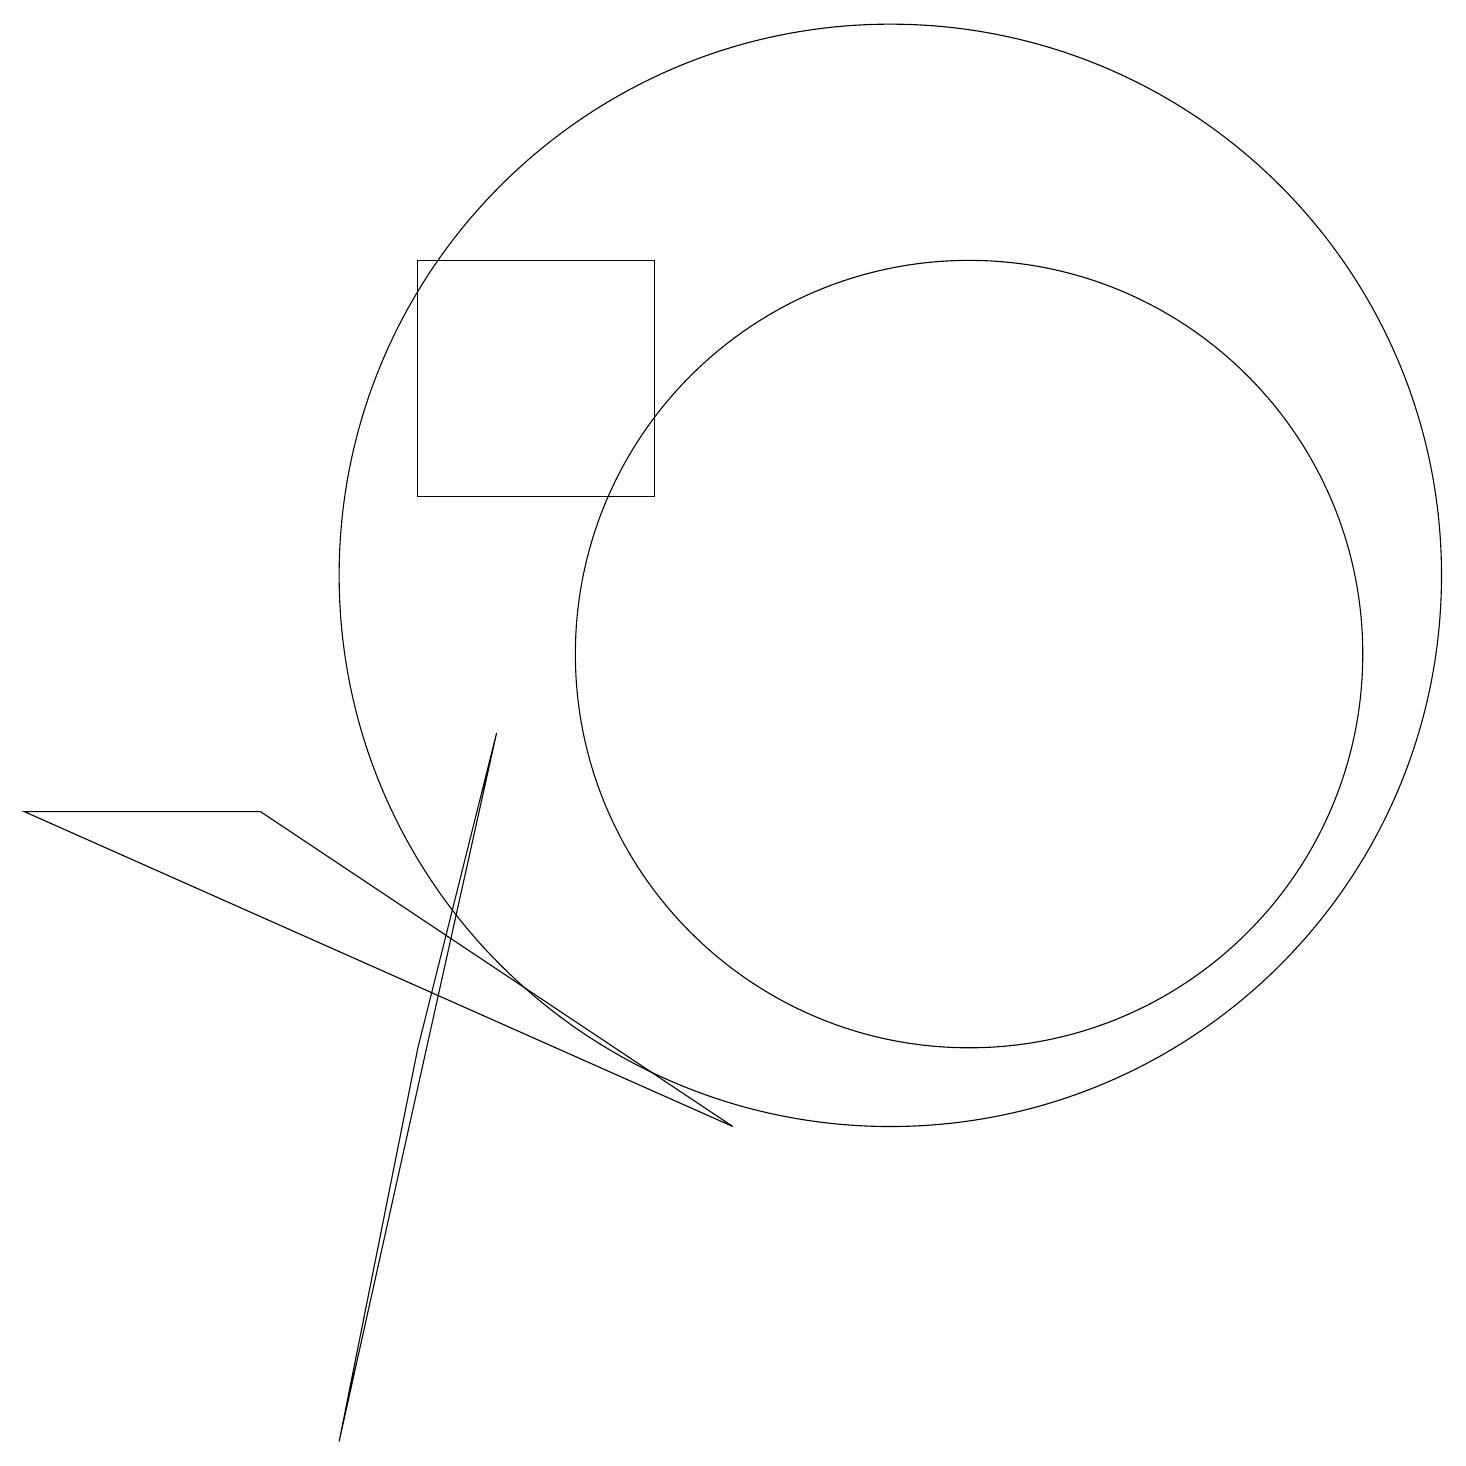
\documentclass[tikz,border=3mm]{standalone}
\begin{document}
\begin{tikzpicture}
\draw (12,10) circle (5);
\draw (3,8) -- (0,8) -- (9,4) -- cycle;
\draw (5,12) rectangle (8,15);
\draw (5,5) -- (4,0) -- (6,9) -- cycle;
\draw (11,11) circle (7);
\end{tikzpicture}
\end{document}